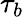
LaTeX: \tau_{b}